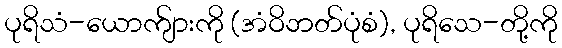
ပုရိသံ-ယောက်ျားကို (အံဝိဘတ်ပုံစံ), ပုရိသေ-တို့ကို